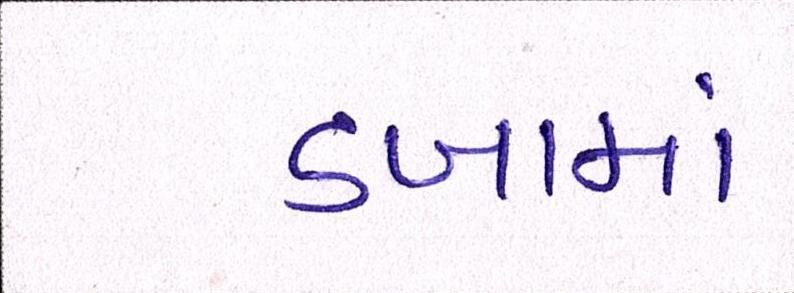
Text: ડબામાં